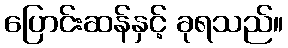
ပြောင်းဆန်နှင့် ခုရသည်။